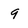
Character: 9